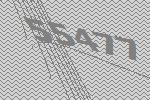
55477